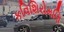
કવિશિરોમણિ